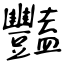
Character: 豔